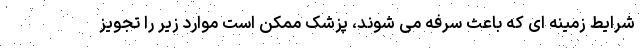
شرایط زمینه ای که باعث سرفه می شوند، پزشک ممکن است موارد زیر را تجویز